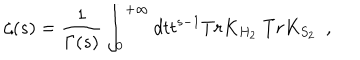
\zeta ( s ) = { \frac { 1 } { \Gamma ( s ) } } \int _ { 0 } ^ { + \infty } d t t ^ { s - 1 } T r K _ { H _ { 2 } } ~ T r K _ { S _ { 2 } } ~ ~ ,